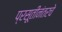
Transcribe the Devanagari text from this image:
प्रसूतीनंतरचे